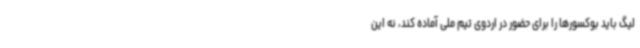
لیگ باید بوکسورها را برای حضور در اردوی تیم ملی آماده کند، نه این